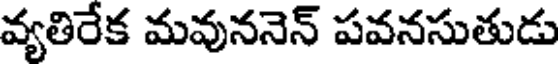
వ్యతిరేక మవుననెన్ పవనసుతుడు